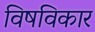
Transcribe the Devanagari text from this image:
विषविकार